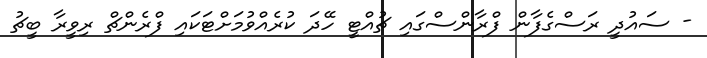
- ސައުދީ ރަސްގެފާން ފްރާންސްގައި ޗުއްޓީ ހޭދަ ކުރެއްވުމަށްޓަކައި ފްރެންޗް ރިވީރާ ބީޗު